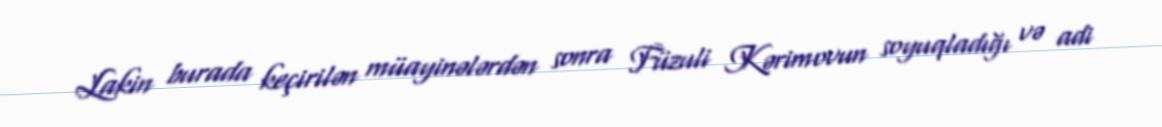
Lakin burada keçirilən müayinələrdən sonra Füzuli Kərimovun soyuqladığı və adi